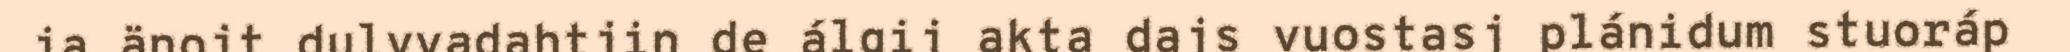
ja änojt dulvvadahtjin de álgij akta dajs vuostasj plánidum stuoráp